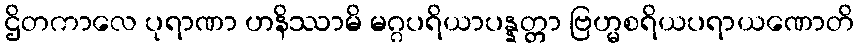
ဌိတကာလေ ပုရာဏာ ဟနိဿာမိ မဂ္ဂပရိယာပန္နတ္တာ ဗြဟ္မစရိယပရာယဏောတိ